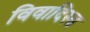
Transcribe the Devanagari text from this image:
विवादिस्त